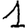
Digit: 1